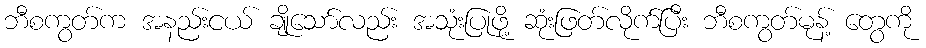
ဘီစကွတ်က အနည်းငယ် ချိုသော်လည်း အသုံးပြုဖို့ ဆုံးဖြတ်လိုက်ပြီး ဘီစကွတ်မုန့် တွေကို